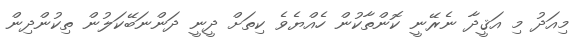
މިއަދު މި އަޤީދާ ނެރޭނީ ކޮންތާކުން ހެއްޔެވެ ކިތަށް ދީނީ ދަންނަބޭކަލުން ތިކުންދިން